Sketch of the medical history of the native army of Bombay, for the year
Year: 1876
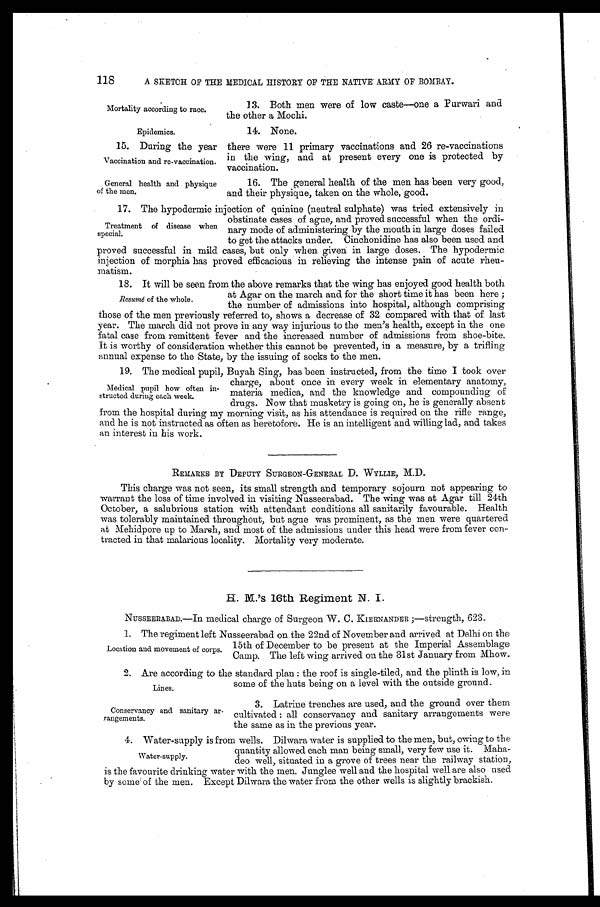
118
A SKETCH OF THE MEDICAL HISTORY OF THE NATIVE ARMY OF BOMBAY.
Mortality according to race.
Epidemics.
13. Both men were of low caste—one a Purwari and
the other a Mochi.
14. None.
15. During the year there were 11 primary vaccinations and 26 re-vaccinations
in the wing, and at present every one is protected by
vaccination.
Vaccination and re-vaccination.
General health and physique
of the men.
16. The general health of the men has been very good,
and their physique, taken on the whole, good.
17. The hypodermic injection of quinine (neutral sulphate) was tried extensively in
obstinate cases of ague, and proved successful when the ordi-
nary mode of administering by the mouth in large doses failed
to get the attacks under. Cinchonidine has also been used and
proved successful in mild cases, but only when given in large doses. The hypodermic
injection of morphia has proved efficacious in relieving the intense pain of acute rheu--
matism.
18. It will be seen from the above remarks that the wing has enjoyed good health both
at Agar on the march and for the short time it has been here
; the number of admissions into hospital, although comprising
those of the men previously referred to, shows a decrease of 32 compared with that of last
year. The march did not prove in any way injurious to the men's health, except in the one
fatal case from remittent fever and the increased number of admissions from shoe-bite.
It is worthy of consideration whether this cannot be prevented, in a measure, by a trifling
annual expense to the State, by the issuing of socks to the men.
19. The medical pupil, Buyah Sing, has been instructed, from the time I took over
charge, about once in every week in elementary anatomy,
materia medica, and the knowledge and compounding of
drugs. Now that musketry is going on, he is generally absent
from the hospital during my morning visit, as his attendance is required on the rifle range,
and he is not instructed as often as heretofore. He is an intelligent and willing lad, and takes
an interest in his work.
REMARKS BY DEPUTY SURGEON-GENERAL D. WYLLIE, M.D.
This charge was not seen, its small strength and temporary sojourn not appearing to
warrant the loss of time involved in visiting Nusseerabad. The wing was at Agar till 24th
October, a salubrious station with attendant conditions all sanitarily favourable. Health
was tolerably maintained throughout, but ague was prominent, as the men were quartered
at Mehidpore up to March, and most of the admissions under this head were from fever con
-tracted in that malarious locality. Mortality very moderate.
H. M.'s 16th Regiment N. I.
NUSSEERABAD.—In medical charge of Surgeon W. C. KIERNANDER;—strength, 623.
1 . T h e r e g i m e n t l e f t N u s s e e r a b a d o n t h e 2 2 n d o f N o v e m b e r a n d a r r i v e d a t D e l h i o n t h e
15th of December to be present at the Imperial Assemblage
Camp. The left wing arrived on the 31st January from Mhow.
2. Are according to the standard plan: the roof is single-tiled, and the plinth is low, in
some of the huts being on a level with the outside ground.
Treatment of disease when
special.
Resumé of the whole.
Medical pupil how often in-
-structed during each week.
Location and movement of corps.
Lines.
Conservancy and sanitary ar-
rangements.
3. Latrine trenches are used, and the ground over them
cultivated: all conservancy and sanitary arrangements were
the same as in the previous year.
4. Water-supply is from wells. Dilwara water is supplied to the men, but, owing to the
quantity allowed each man being small, very few use it. Maha
-deo well, situated in a grove of trees near the railway station,
is the favourite drinking water with the men. Junglee well and the hospital well are also used
by some of the men. Except Dilwara the water from the other wells is slightly brackish.
Water-supply.